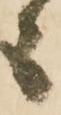
者